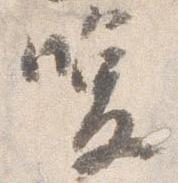
喚